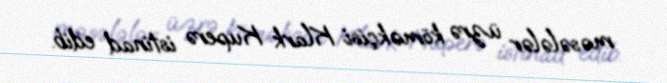
məsələlər üzrə köməkçisi Klark Kuperə istinad edib.